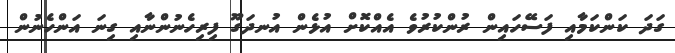
ގަދަ ކަންކަމާއި ފަސޭހައިން ރުންކުރުވެ އެއްކޮށް އުޅެން އުނދަގޫ ފިރިހެނުންނާއި ގިނަ އަންހެނުން